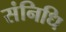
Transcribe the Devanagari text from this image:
संनिधि